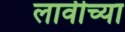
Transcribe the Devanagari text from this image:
लावीच्या